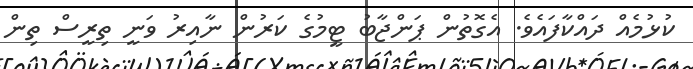
ކުޅުމެއް ދައްކާފައެވެ. އެގޮތުން ޕަންޖާބު ޓީމުގެ ކަރުން ނާއިރު ވަނީ ތިރީސް ތިން